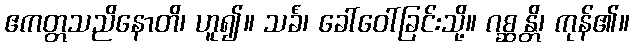
ဧကတ္တသညိနောတိ၊ ဟူ၍။ သင်္ခံ၊ ခေါ်ဝေါ်ခြင်းသို့။ ဂစ္ဆန္တိ၊ ကုန်၏။